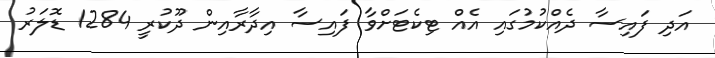
އަދި ފައިސާ ދެއްކުމުގައި އެއް ޓިކެޓަށްވާ ފައިސާ އިދާރާއިން ދޫކުރީ 1284 ޑޮލަރު